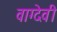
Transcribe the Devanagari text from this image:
वाग्‍देवी